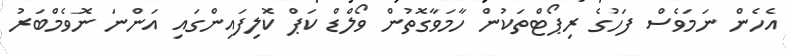
އެހެން ނަމަވެސް ފަހުގެ ރިޕޯޓްތަކުން ހާމަވާގޮތުން ވޯލްޑް ކަޕް ކޮލިފައިންގައި އަންނަ ނޮވެމްބަރު